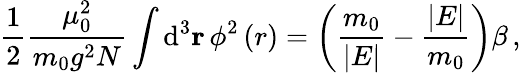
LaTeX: \frac{1}{2}\frac{\mu_{0}^{2}}{m_{0}g^{2}N}\int\mathrm{d}^{3}{\mathbf r}\, \phi^{2}\left(r\right)=\left(\frac{m_{0}}{\vert E\vert}-\frac{\vert E\vert}{m_{0}}\right)\beta\, ,